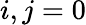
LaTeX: i,j=0